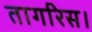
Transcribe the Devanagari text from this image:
तागरिस।